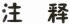
注释